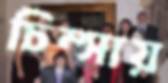
চিম্‌সায়